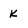
Character: K